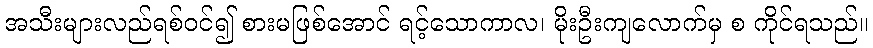
အသီးများလည်ရစ်ဝင်၍ စားမဖြစ်အောင် ရင့်သောကာလ၊ မိုးဦးကျလောက်မှ စ ကိုင်ရသည်။